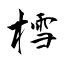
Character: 樰